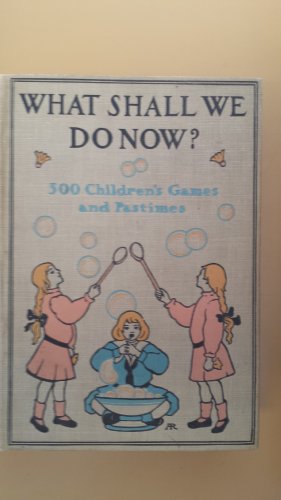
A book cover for What Shall We Do Now? 500 Children's Games and Pastimes; Humor & Entertainment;